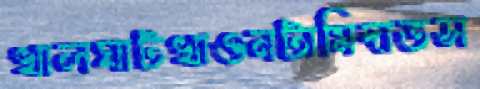
খালঘাটখাওনটামিদাতস